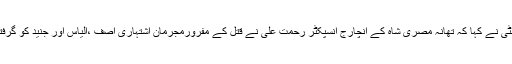
ایس پی سٹی نے کہا کہ تھانہ مصری شاہ کے انچارج انسپکٹر رحمت علی نے قتل کے مفرورمجرمان اشتہاری آصف ،الیاس اور جنید کو گرفتار کر لیا۔